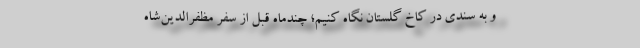
و به سندی در کاخ گلستان نگاه کنیم؛ چندماه قبل از سفر مظفرالدین‌شاه